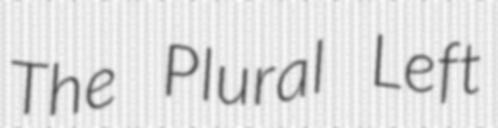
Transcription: The Plural Left